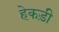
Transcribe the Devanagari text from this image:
हेकड़ी